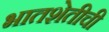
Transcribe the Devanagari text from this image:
भातशेतीची